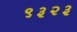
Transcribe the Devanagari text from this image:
९३२३